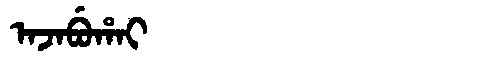
Manchu: ᠠᠵᠠᠪᡠᡥᠠᡳ
Romanization: AJABUHAI